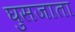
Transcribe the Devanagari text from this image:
घुसजाता